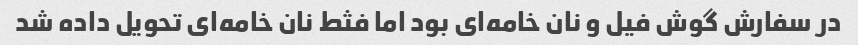
در سفارش گوش فیل و نان خامه‌ای بود اما فثط نان خامه‌ای تحویل داده شد